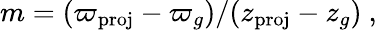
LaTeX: m=(\varpi_{\mathrm{proj}}-\varpi_{g})/(z_{\mathrm{proj}}-z_{g})\ ,